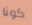
كونا